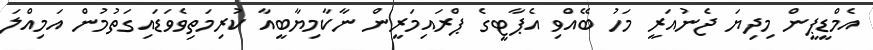
އެމްޑީޕީން މިދިޔަ ޖެނުއަރީ މަހު ބޭއްވި އެޕާޓީގެ ޕްރައިމަރީން ނާކާމިޔާބީއާ ކުރިމަތިވެވަޑައިގަތުމުން އަމިއްލަ